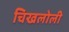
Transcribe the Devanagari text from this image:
चिखलोली